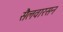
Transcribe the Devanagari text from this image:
सैलवारसन